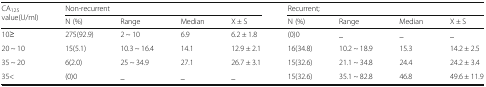
<table><thead><tr><td rowspan="2"><b>CA<sub>125</sub> value(U/ml)</b></td><td colspan="4"><b>Non-recurrent</b></td><td colspan="4"><b>Recurrent;</b></td></tr><tr><td><b>N (%)</b></td><td><b>Range</b></td><td><b>Median</b></td><td><b>X ± S</b></td><td><b>N (%)</b></td><td><b>Range</b></td><td><b>Median</b></td><td><b>X ± S</b></td></tr></thead><tbody><tr><td>10≥</td><td>275(92.9)</td><td>2 ~ 10</td><td>6.9</td><td>6.2 ± 1.8</td><td>(0)0</td><td>_</td><td>_</td><td>_</td></tr><tr><td>20 ~ 10</td><td>15(5.1)</td><td>10.3 ~ 16.4</td><td>14.1</td><td>12.9 ± 2.1</td><td>16(34.8)</td><td>10.2 ~ 18.9</td><td>15.3</td><td>14.2 ± 2.5</td></tr><tr><td>35 ~ 20</td><td>6(2.0)</td><td>25 ~ 34.9</td><td>27.1</td><td>26.7 ± 3.1</td><td>15(32.6)</td><td>21.1 ~ 34.8</td><td>24.4</td><td>24.2 ± 3.4</td></tr><tr><td>35&lt;</td><td>(0)0</td><td>_</td><td>_</td><td>_</td><td>15(32.6)</td><td>35.1 ~ 82.8</td><td>46.8</td><td>49.6 ± 11.9</td></tr></tbody></table>